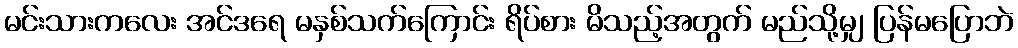
မင်းသားကလေး အင်ဒရေ မနှစ်သက်ကြောင်း ရိပ်စား မိသည့်အတွက် မည်သို့မျှ ပြန်မပြောဘဲ